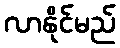
လာနိုင်မည်